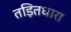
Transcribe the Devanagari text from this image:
तड़ितधारा